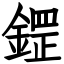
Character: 鎠